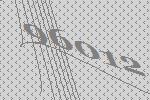
96012